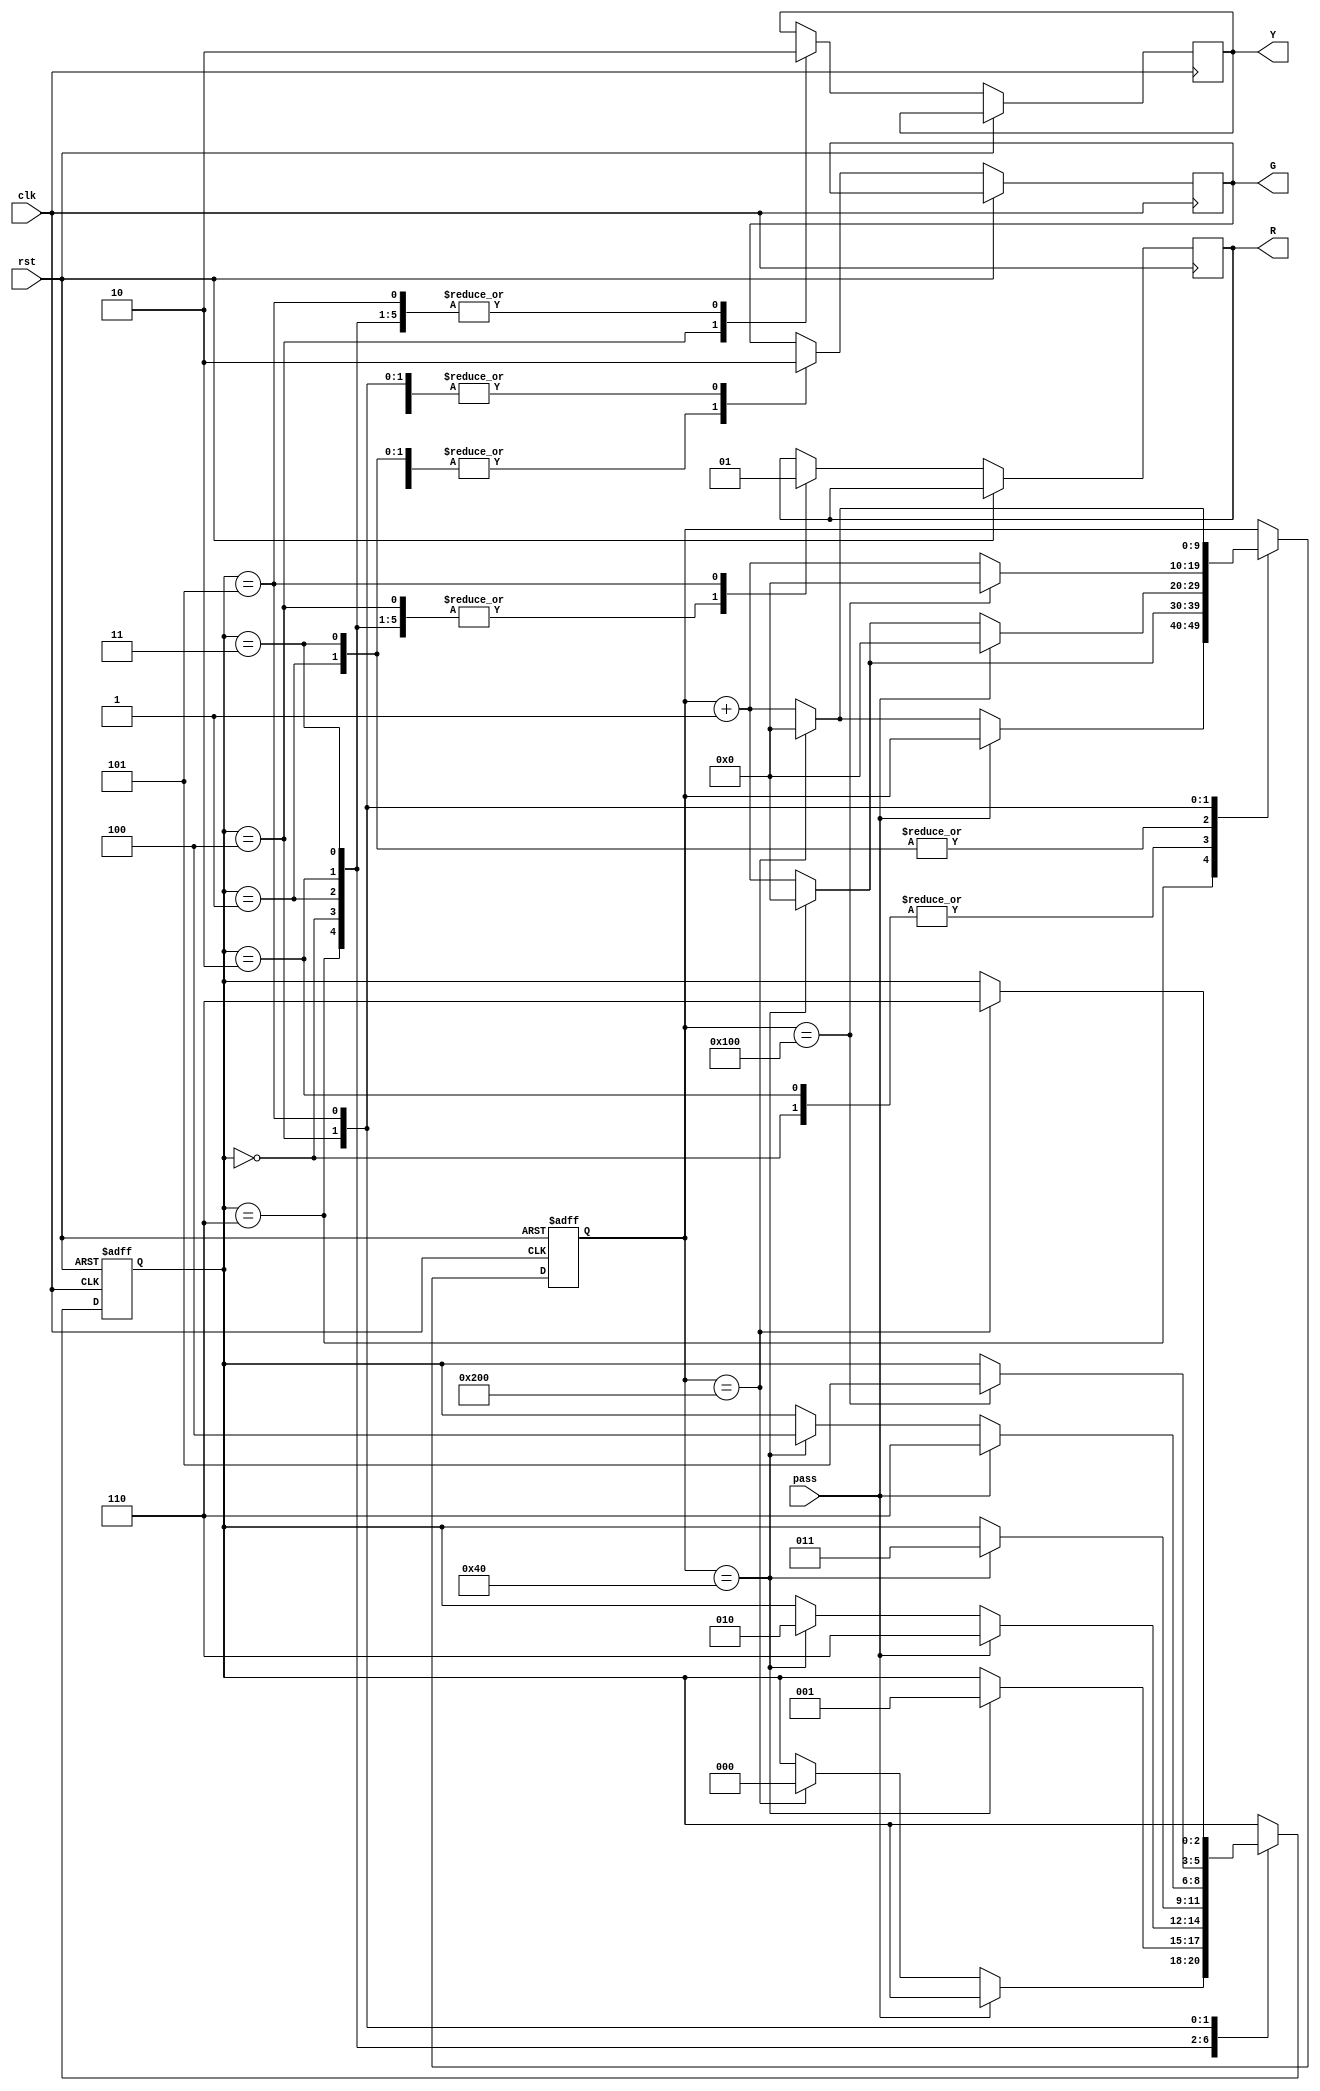
module traffic_light (
    input  clk,
    input  rst,
    input  pass,
    output reg R,
    output reg G,
    output reg Y
);

//write your code here
reg [2:0] state = 3'b000;
reg [9:0] count = 10'd0;

always@(posedge clk, posedge rst) begin
    if(rst) begin
        state <= 3'b000;
        count <= 10'd0;
    end
    else begin
        case(state)
            3'b110 : begin // 010
                R <= 0;
                G <= 1;
                Y <= 0;
                count <= count + 1;
                if(pass == 1) begin
                    state <= state;
                    count <= count;
                end
                else begin
                    if(count == 10'd512) begin
                        state <= 3'b000;
                        count <= 10'd0;
                    end
                end
            end
            3'b000 : begin // 000
                R <= 0;
                G <= 0;
                Y <= 0;
                count <= count + 1;
                if(count == 10'd64) begin
                    state <= 3'b001;
                    count <= 10'd0;
                end
            end
            3'b001 : begin // 010
                R <= 0;
                G <= 1;
                Y <= 0;
                count <= count + 1;
                if(pass == 1) begin
                    state <= 3'b110;
                    count <= 10'd0;
                end
                else begin
                    if(count == 10'd64) begin
                        state <= 3'b010;
                        count <= 10'd0;
                    end
                end
            end
            3'b010 : begin // 000
                R <= 0;
                G <= 0;
                Y <= 0;
                count <= count + 1;
                if(count == 10'd64) begin
                    state <= 3'b011;
                    count <= 10'd0;
                end
            end
            3'b011 : begin // 010
                R <= 0;
                G <= 1;
                Y <= 0;
                count <= count + 1;
                if(pass == 1) begin
                    state <= 3'b110;
                    count <= 10'd0;
                end
                else begin
                    if(count == 10'd64) begin
                        state <= 3'b100;
                        count <= 10'd0;
                    end
                end
            end
            3'b100 : begin // 001
                R <= 0;
                G <= 0;
                Y <= 1;
                count <= count + 1;
                if(count == 10'd256) begin
                    state <= 3'b101;
                    count <= 10'd0;
                end
            end
            3'b101 : begin // 100
                R <= 1;
                G <= 0;
                Y <= 0;
                count <= count + 1;
                if(count == 10'd512) begin
                    state <= 3'b110;
                    count <= 10'd0;
                end
            end
        endcase
    end

end

endmodule